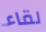
لقاء